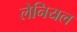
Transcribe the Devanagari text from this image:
लेनियल